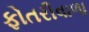
ફોતરીવાળા